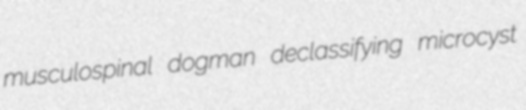
musculospinal dogman declassifying microcyst